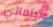
سينمائي